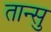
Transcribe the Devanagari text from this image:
तान्सु